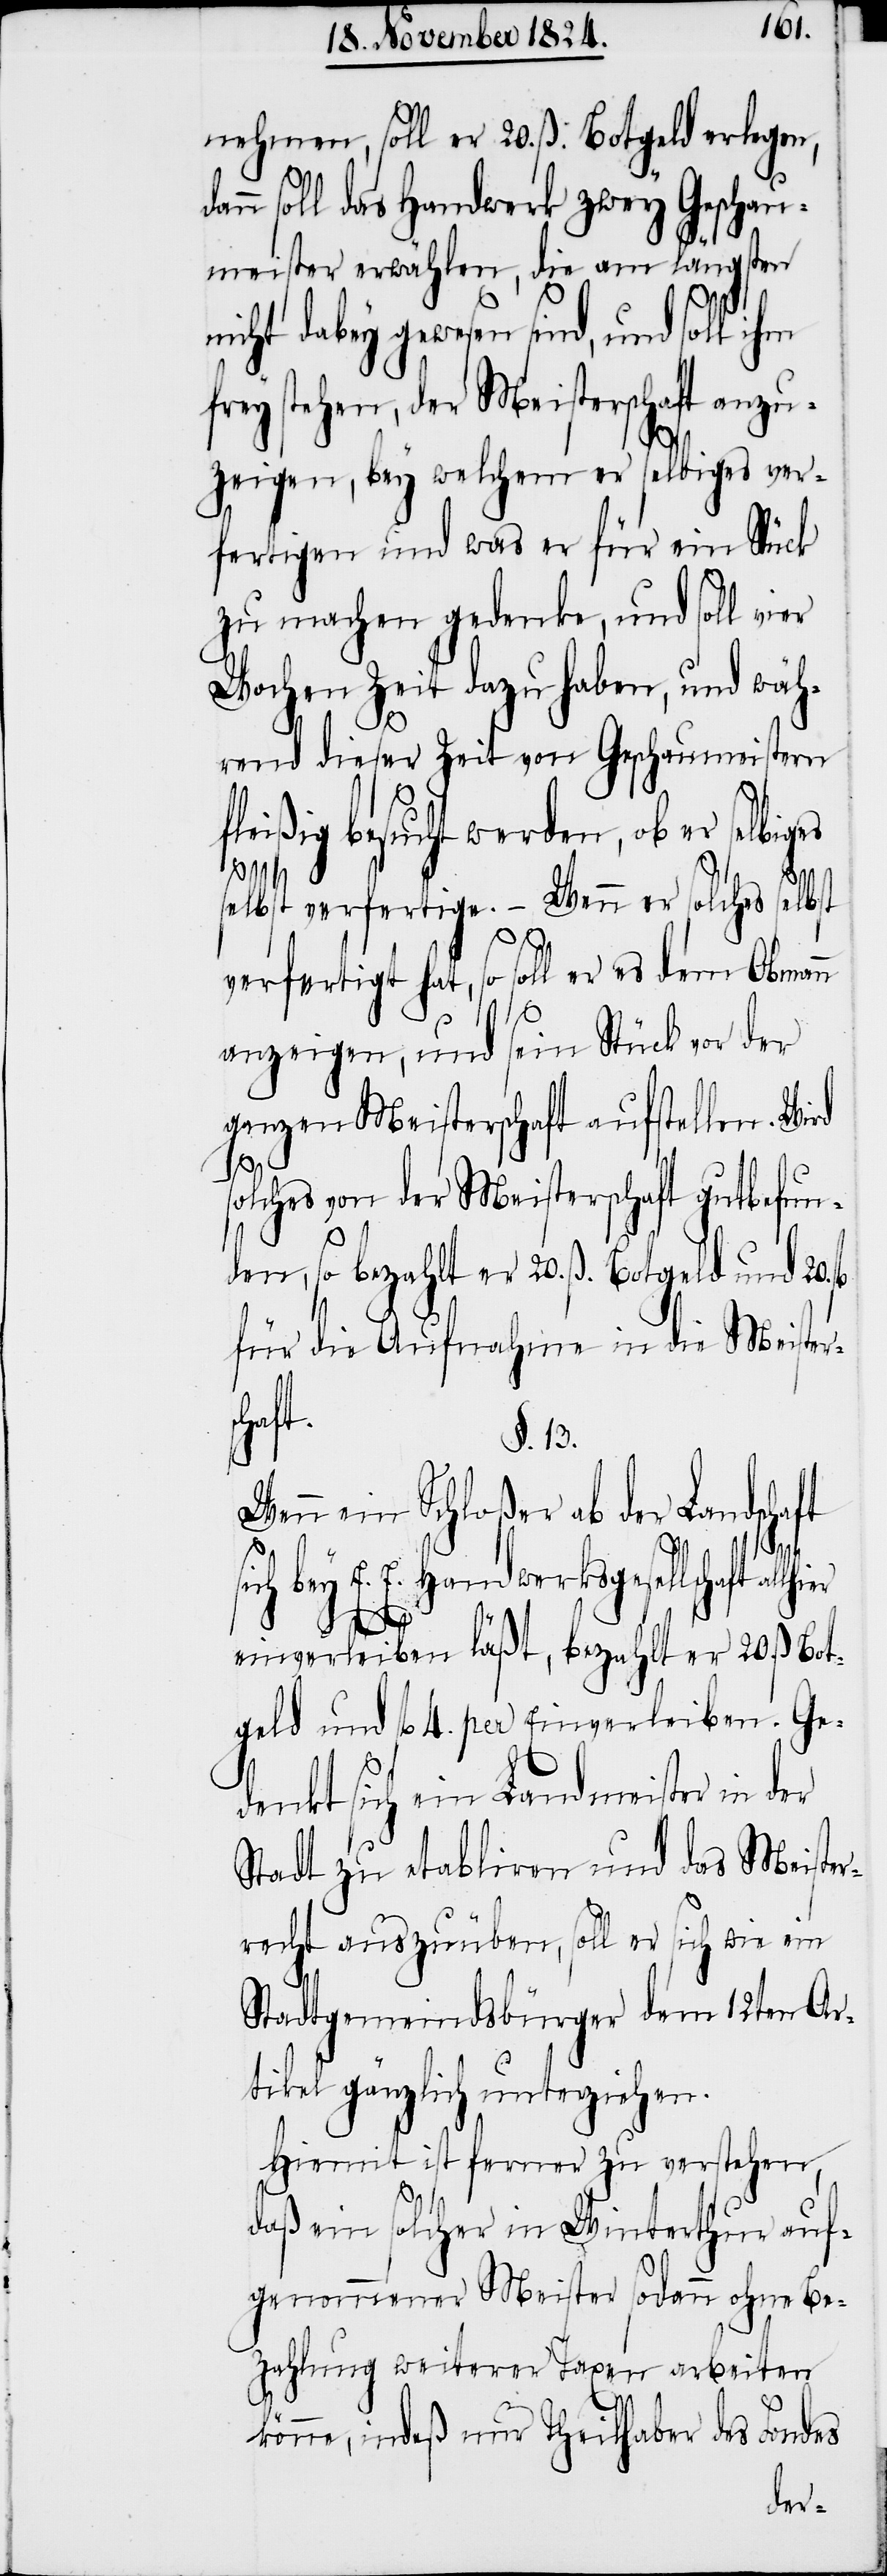
nehmen, soll er 20. ß. Botgeld erlegen,
n soll das Handwerk zwey Geschau¬
meister erwählen, die am längsten
mit dabey gewesen sind, und soll
frey stehen, der Meisterschaft anzu¬
zeigen, bey welchem er selbiges ver¬
fertigen und was er für ein Stück
zu machen gedenke, und soll vier
Wochen Zeit dazu haben, und wäh¬
rend dieser Zeit von Geschaumeistern
fleißig besucht werden, ob er selbi¬
selbst verfertige. – Wenn er solches selbst
verfertigt hat, so soll er es dem
anzeigen, und sein Stück vor der
ganzen Meisterschaft aufstellen. Wird
solches von der Meisterschaft gutbefun¬
den, so bezahlt er 20. ß. Botgeld und 20.
für die Aufnahme in die Meister¬
haft
§. 13.
Wenn ein Schloßer ab der Landsc¬
ich bey E. E. Handwerksgesellschaft
s¬
einverleiben läßt, bezahlt er 20. ß. Bot¬
geld und fl. 4. per Einverleiben. Ge¬
denkt sich ein Landmeister in der
Stadt zu etabliren und das Meiste¬
rrecht auszuüben, soll er sich wie ein
Stadtgemeindsbürger dem 12ten Ar¬
tikel gänzlich unterzeichnen.
Hiemit ist ferner zu verstehen,
daß ein solcher in Winterthur auf¬
genommener Meister sodann ohne Be¬
zahlung weiterer Taxen arbeiten
könne, indeß nur Theilhaber des Fondes